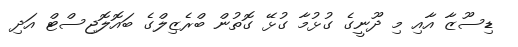
ޑިސޫޒާ އާއި މި ދޫނީގެ ގުޅުމާ ގުޅޭ ގޮތުން ބްރެޒިލްގެ ބައޮލޮޖިސްޓް އަދި